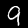
Label: 9